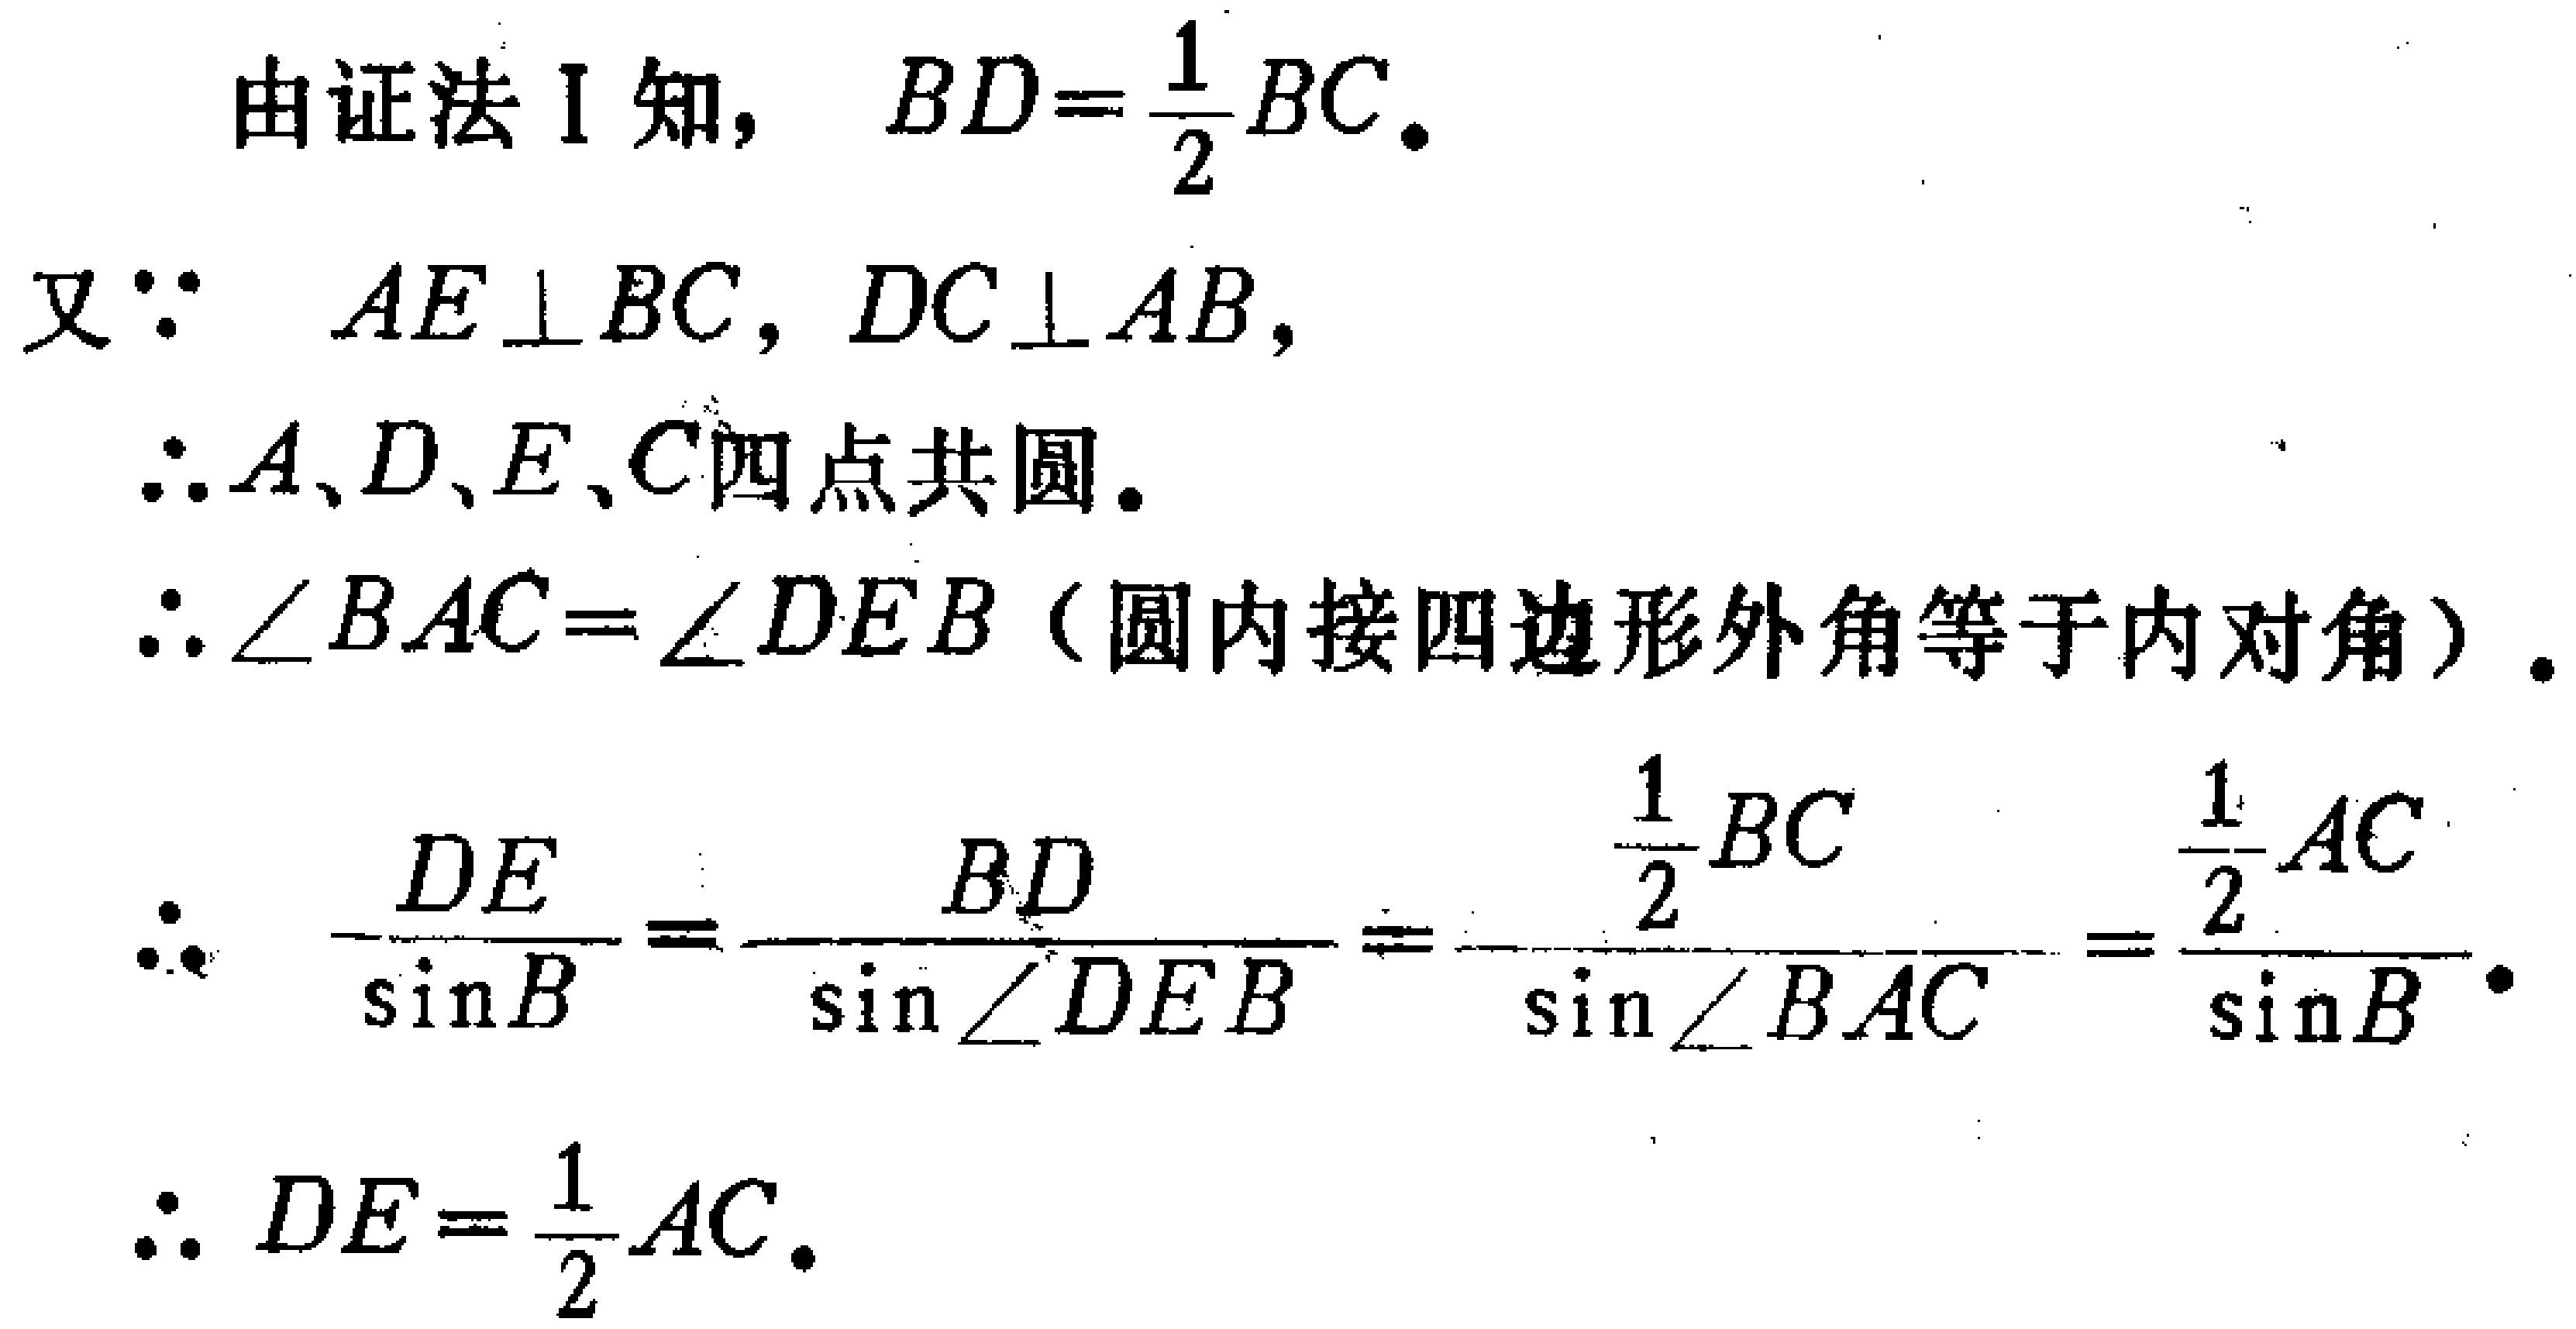
由证法 I 知， \(BD = \frac{1}{2}BC\)。
又\(\because AE\perp BC\)，\(DC\perp AB\)，
\(\therefore A、D、E、C\)四点共圆。
\(\therefore \angle BAC = \angle DEB\)（圆内接四边形外角等于内对角）。
\(\therefore \frac{DE}{\sin B}=\frac{BD}{\sin\angle DEB}=\frac{\frac{1}{2}BC}{\sin\angle BAC}=\frac{\frac{1}{2}AC}{\sin B}\)。
\(\therefore DE = \frac{1}{2}AC\)。